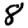
Digit: 8